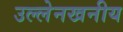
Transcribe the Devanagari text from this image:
उल्लेनखनीय